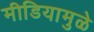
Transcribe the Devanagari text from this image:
मीडियामुळे